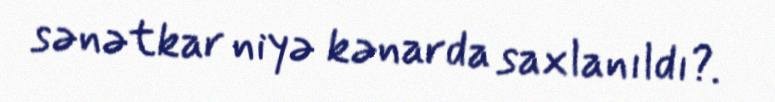
sənətkar niyə kənarda saxlanıldı?.